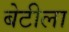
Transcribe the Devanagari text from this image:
बेटीला